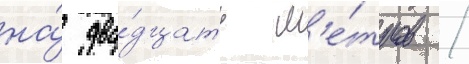
на́ два́дцать м'е́тров /